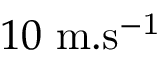
1 0 \ \mathrm { m . s ^ { - 1 } }